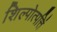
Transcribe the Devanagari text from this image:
शिल्पोत्पत्तिं